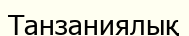
Танзаниялық